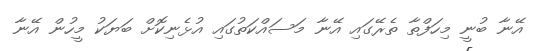
އޭނާ ބުނީ މިހަފްތާ ތެރޭގައި އޭނާ މަސައްކަތުގައި އުޅެނިކޮށް ބަޔަކު މީހުން އޭނާ